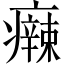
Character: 𤻬